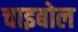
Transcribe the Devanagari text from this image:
चाइबोल